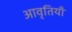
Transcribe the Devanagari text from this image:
अावृतियाँ